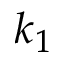
k _ { 1 }